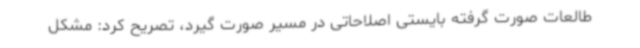
طالعات صورت گرفته بایستی اصلاحاتی در مسیر صورت گیرد، تصریح کرد: مشکل